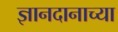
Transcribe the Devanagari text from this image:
ज्ञानदानाच्या